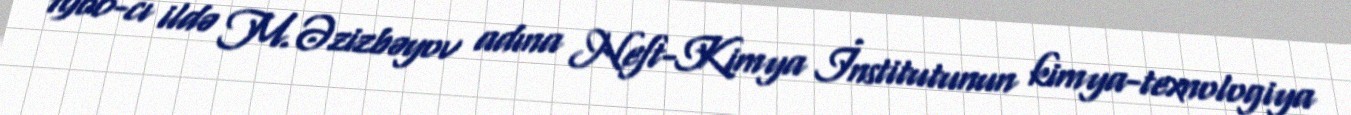
1960-cı ildə M.Əzizbəyov adına Neft-Kimya İnstitutunun kimya-texnologiya